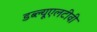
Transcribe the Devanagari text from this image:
डब्ल्यूएलटीवी